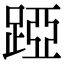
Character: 𨁶